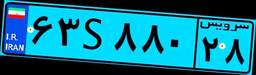
۶۳S۸۸۰۲۸